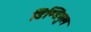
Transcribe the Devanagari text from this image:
डिण्डिगुल